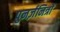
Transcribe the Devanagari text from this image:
पुनर्ज़नित्रों